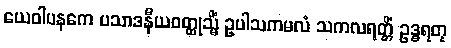
ယေဝါပနကေ ပသာဒနီယဝတ္ထုသ္မိံ ဥပါသကမလံ သကလရတ္တိံ ဥဒ္ဓရတု